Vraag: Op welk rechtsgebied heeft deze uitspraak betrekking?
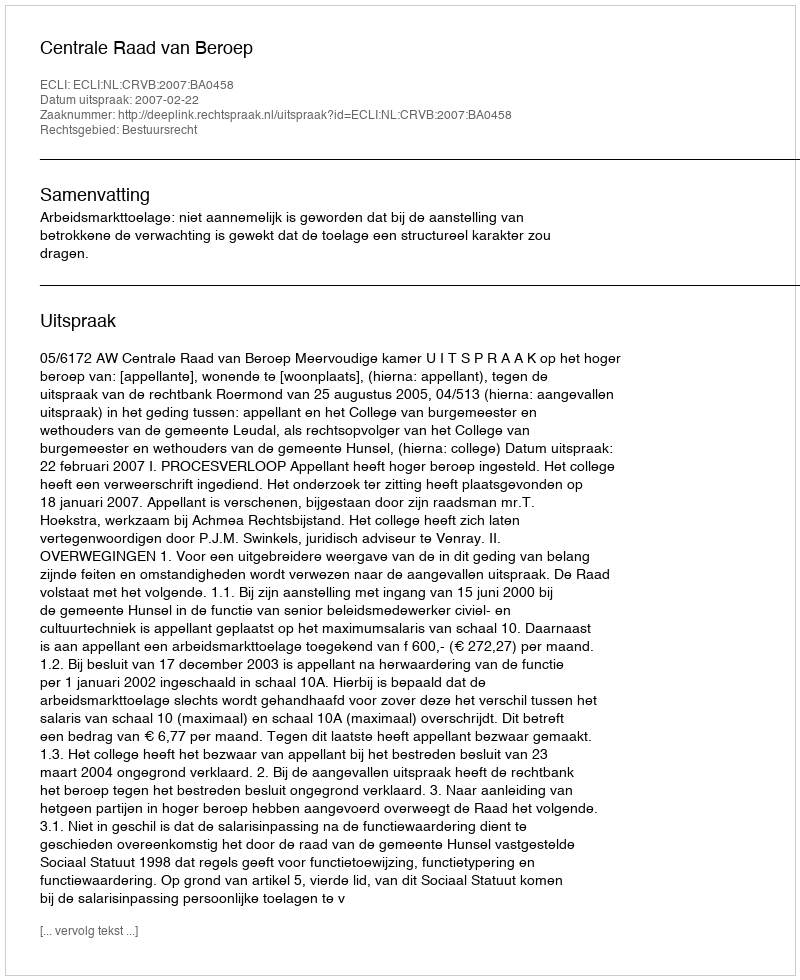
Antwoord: Bestuursrecht